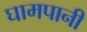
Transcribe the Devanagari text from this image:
घामपानी